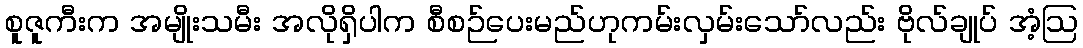
စူဇူကီးက အမျိုးသမီး အလိုရှိပါက စီစဉ်ပေးမည်ဟုကမ်းလှမ်းသော်လည်း ဗိုလ်ချုပ် အံ့ဩ